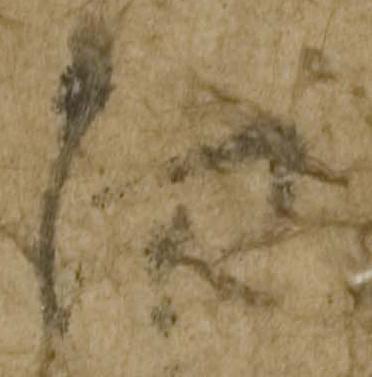
面